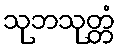
သုဘသုတ္တံ